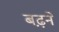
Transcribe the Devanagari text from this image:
बढ़़ने